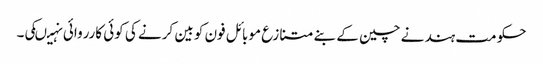
حکومت ہند نے چین کے بنے متنازع موبائل فون کو بین کرنے کی کوئی کارروائی نہیںکی۔